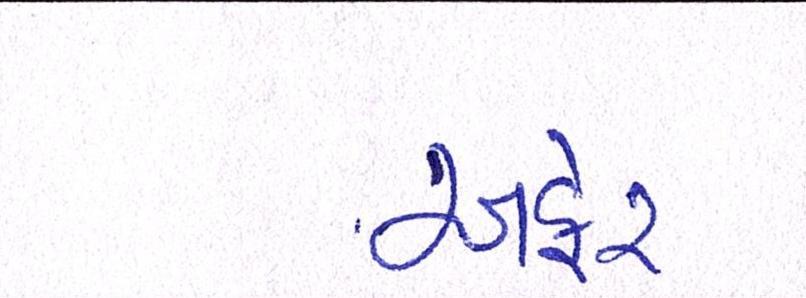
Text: અફેર